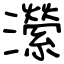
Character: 瀠